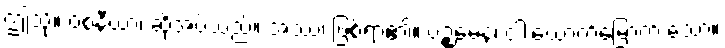
ဤသို့။ ဝစနီယာ၊ ဆိုအပ်သည်။ အဿ၊ ဖြစ်ရာ၏။ ပဉ္စမေန၊ ငါးယောက်မြောက် သော။